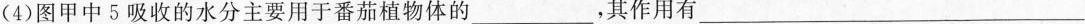
(4)图甲中5吸收的水分主要用于番茄植物体的___，其作用有___